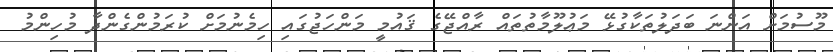
މޫސުމަށް އަންނަ ބަދަލުތަކާގުޅޭ މަޢުލޫމާތުތައް ރާއްޖޭގެ ޤައުމީ މަންހަޖުގައި ހިމެނުމަށް ކުރަމުންގެންދާ މުހިންމު